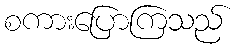
စကားပြောကြသည်